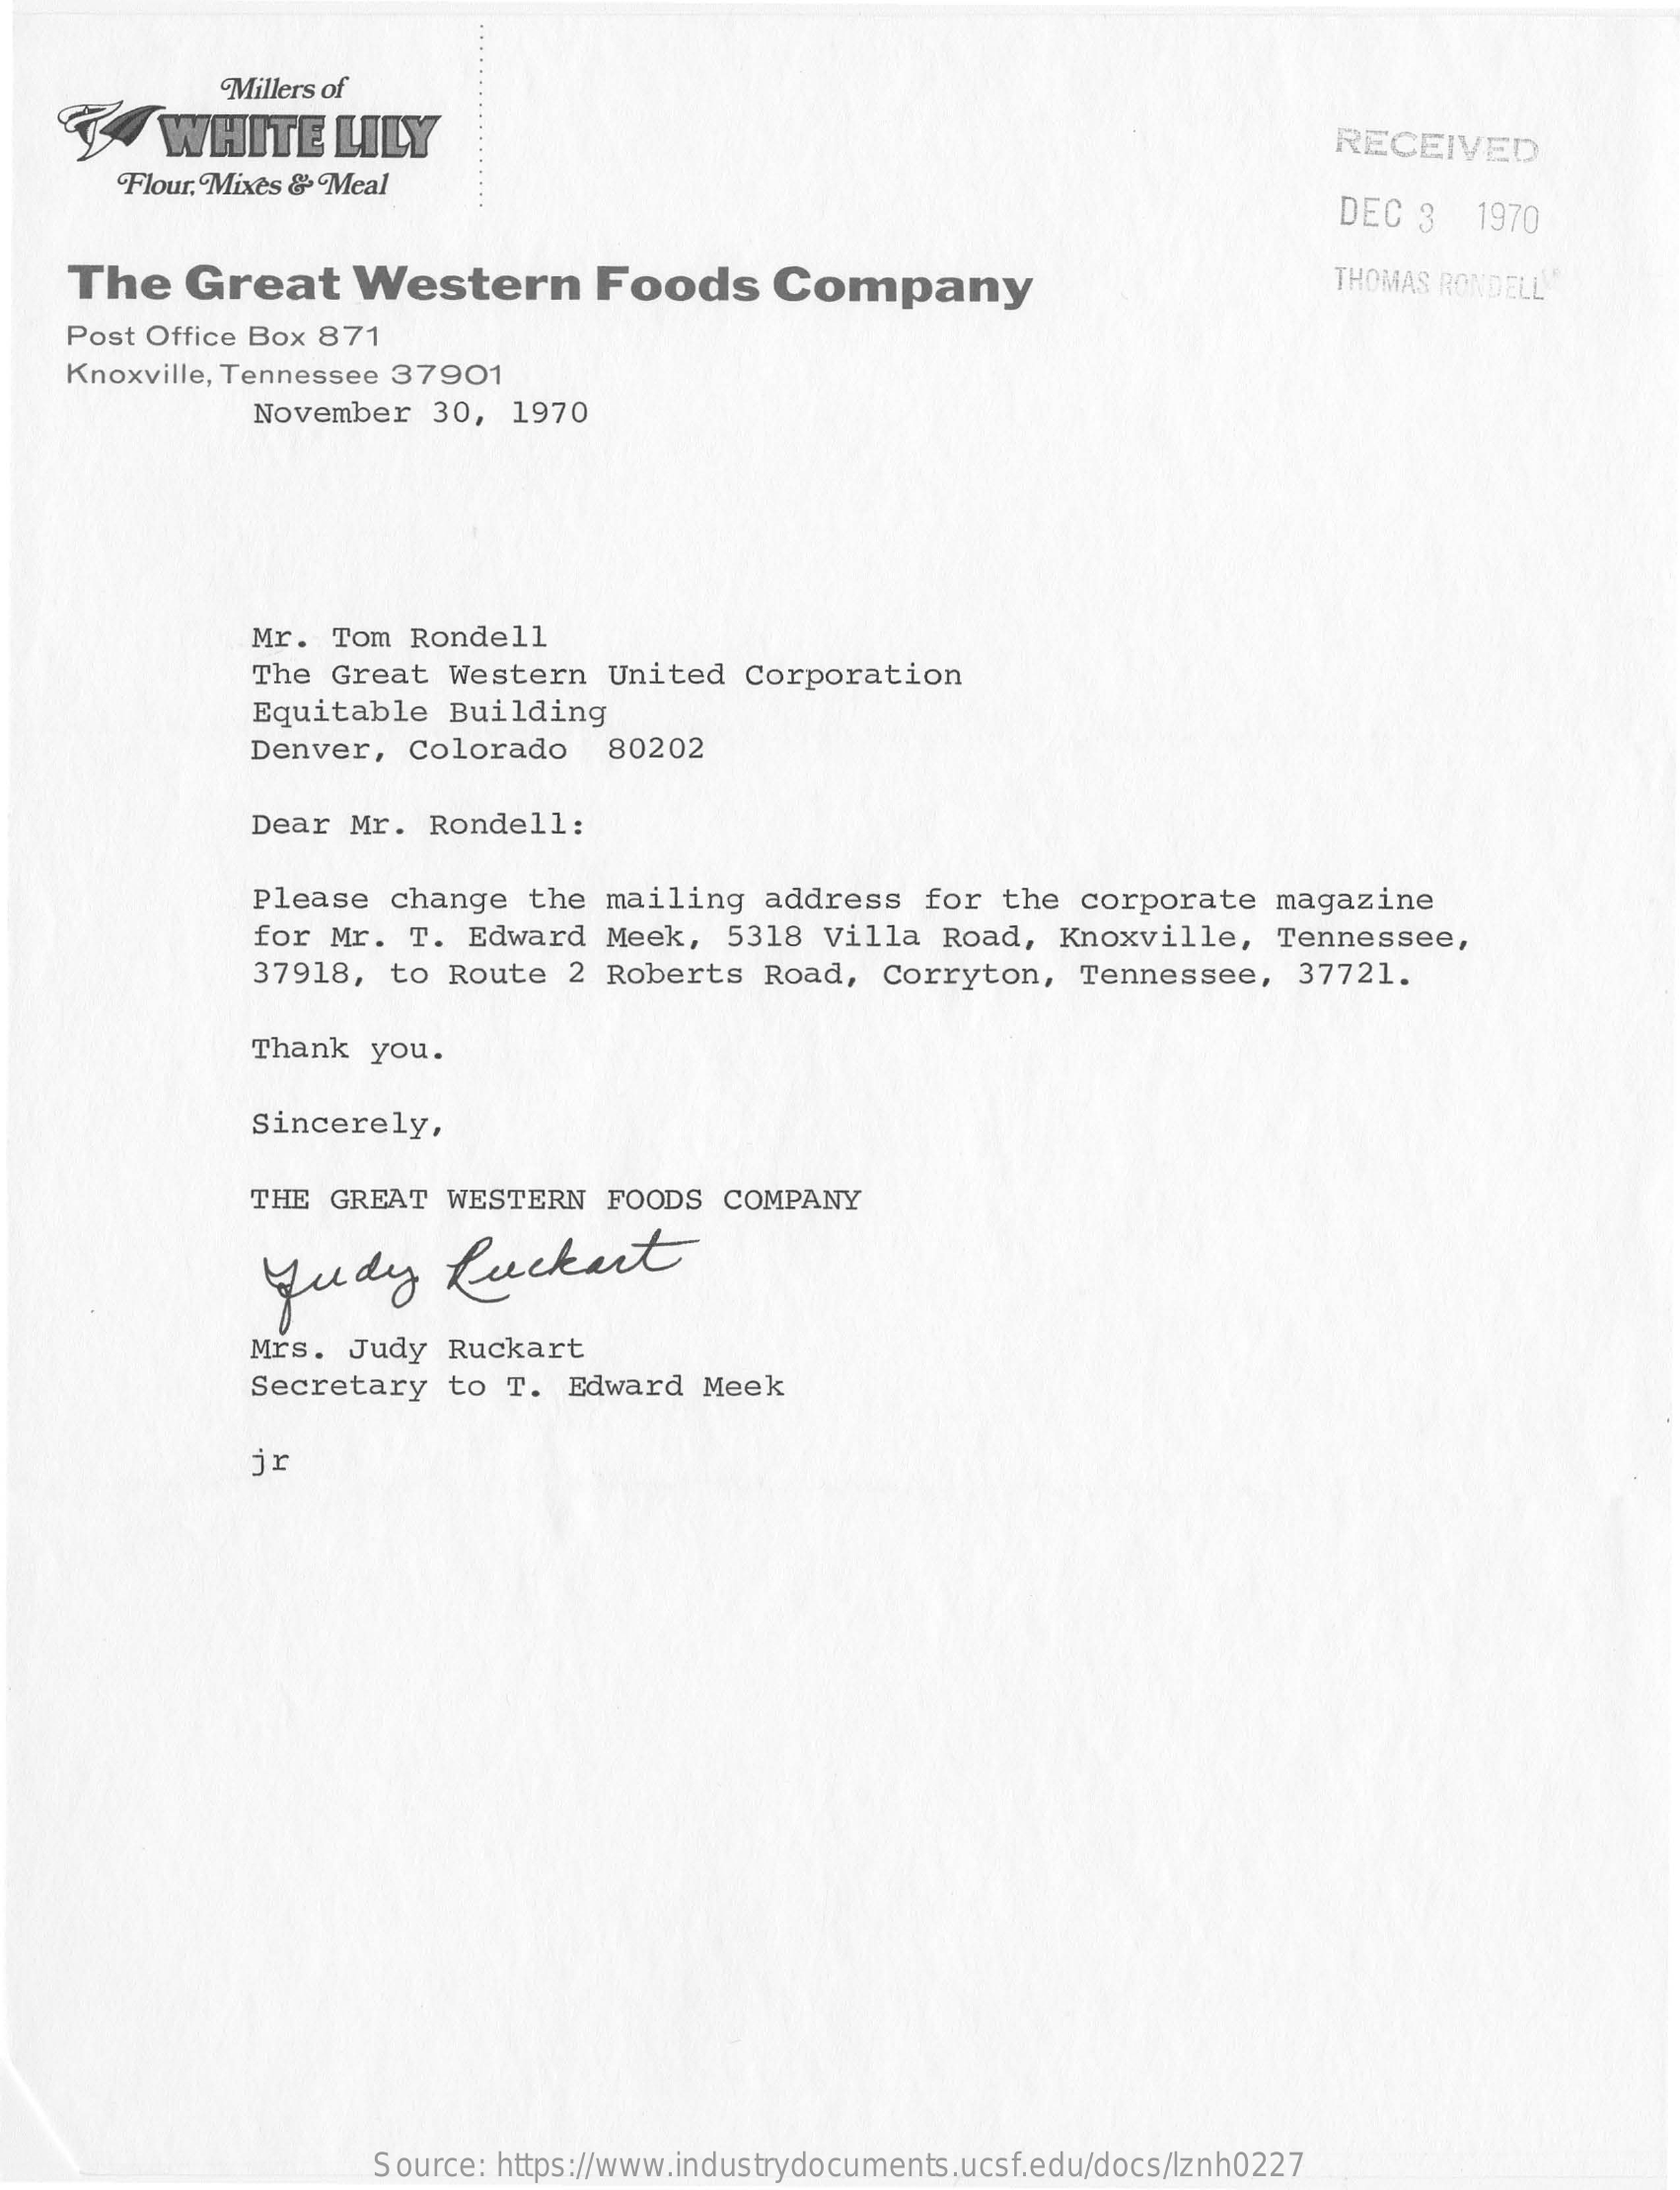
Millers of
     WHITE    LILY    RECEIVED
     Flour, Mixes & Meal
     DEC  3  1970
    The    Great    Western    Foods    Company    THOMAS RONDELL
    Post Office Box 871
    Knoxville, Tennessee 37901
     November   30,  1970
     Mr.  Tom Rondell
     The Great   Western   United   Corporation
     Equitable   Building
     Denver,   Colorado    80202
     Dear  Mr.  Rondell:
     Please  change   the  mailing   address   for  the  corporate    magazine
     for Mr.   T. Edward   Meek,   5318  Villa  Road,   Knoxville,    Tennessee,
     37918,  to  Route   2 Roberts   Road,   Corryton,   Tennessee,    37721.
     Thank  you.
     Sincerely,
     THE GREAT   WESTERN   FOODS   COMPANY
     Judy    Ruckart
     Mrs.  Judy  Ruckart
     Secretary   to  T.  Edward  Meek
     jr
     Source: https://www.industrydocuments.ucsf.edu/docs/lznh0227